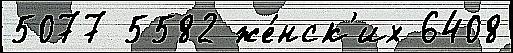
5077 5582 же́нск'их 6408